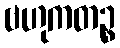
ဗဟုကတဉ္စ